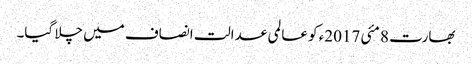
بھارت 8 مئی 2017ء کو عالمی عدالت انصاف میں چلا گیا۔